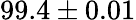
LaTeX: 99.4\pm 0.01